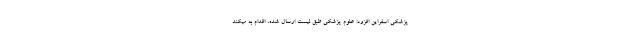
پزشکی اسفراین افزود: علوم پزشکی طبق لیست ارسال شده، اقدام به میکند